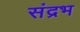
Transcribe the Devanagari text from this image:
संद्रभ